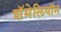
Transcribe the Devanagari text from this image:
शॅमेलियॉन